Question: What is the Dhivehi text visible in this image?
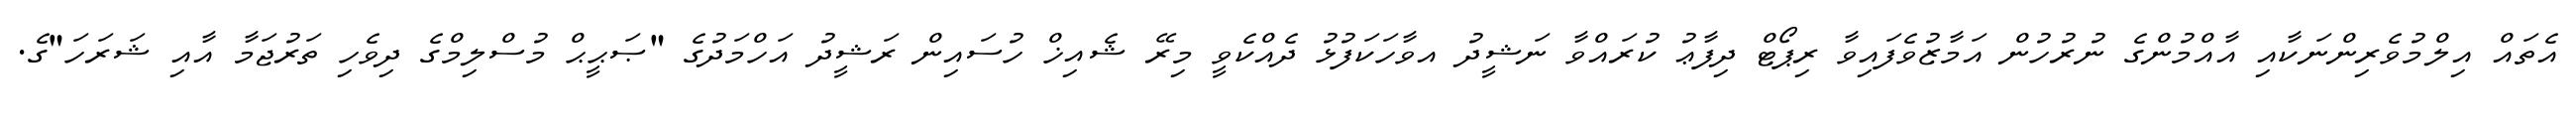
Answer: އެތައް އިލްމުވެރިންނަކާއި އާއްމުންގެ ނުރުހުން އަމާޒުވެފައިވާ ރިޕޯޓް ދިފާޢު ކުރައްވާ ނަޝީދު އވާހަކަފުޅު ދެއްކެވީ މިރޭ ޝެއިޚް ހުސައިން ރަޝީދު އަހްމަދުގެ "ޞަޙީޙް މުސްލިމްގެ ދިވެހި ތަރުޖަމާ އާއި ޝަރަހަ"ގެ.